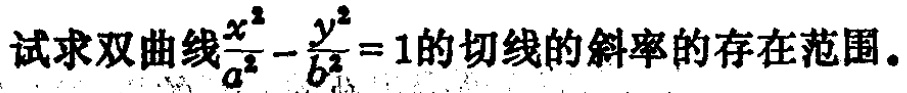
试求双曲线$\frac{x^{2}}{a^{2}}-\frac{y^{2}}{b^{2}} = 1$的切线的斜率的存在范围。